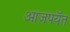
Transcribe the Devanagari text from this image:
आजपयॅत